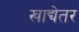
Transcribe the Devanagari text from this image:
खाद्येतर